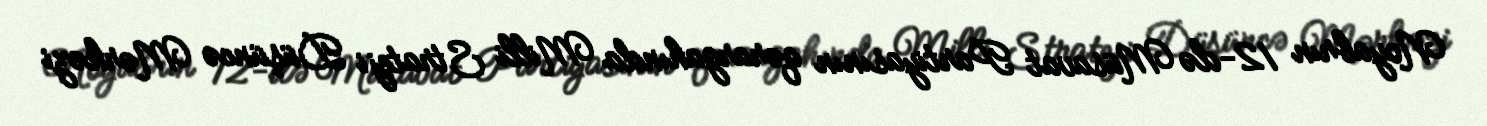
Noyabrın 12-də Müsavat Partiyasının qərargahında Milli Strateji Düşüncə Mərkəzi